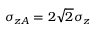
\sigma _ { z A } = 2 \sqrt { 2 } \sigma _ { z }